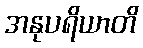
အနုပရိယာတိ